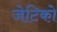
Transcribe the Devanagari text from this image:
जेटिको